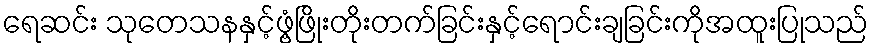
ရေဆင်း သုတေသနနှင့်ဖွံ့ဖြိုးတိုးတက်ခြင်းနှင့်ရောင်းချခြင်းကိုအထူးပြုသည်